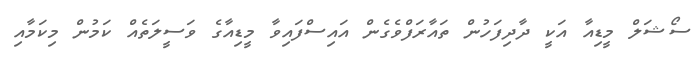
ސޯޝަލް މީޑިއާ އަކީ ދާދިފަހުން ތައާރަފްވެގެން އައިސްފައިވާ މީޑިއާގެ ވަސީލަތެއް ކަމުން މިކަމާއި